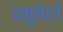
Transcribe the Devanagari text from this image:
यमुनेशी